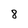
Character: 8